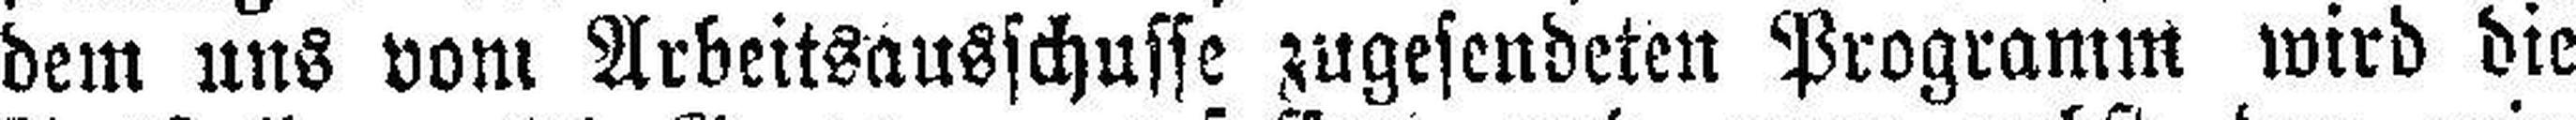
dem uns vom Arbeitsausschusse zugesendeten Programm wird die